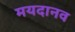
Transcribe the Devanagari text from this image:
मयदानव